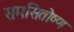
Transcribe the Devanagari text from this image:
समसितोष्ण